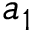
a _ { 1 }